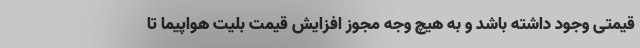
قیمتی وجود داشته باشد و به هیچ وجه مجوز افزایش قیمت بلیت هواپیما تا